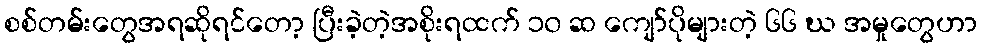
စစ်တမ်းတွေအရဆိုရင်တော့ ပြီးခဲ့တဲ့အစိုးရထက် ၁၀ ဆ ကျော်ပိုများတဲ့ ၆၆ ဃ အမှုတွေဟာ